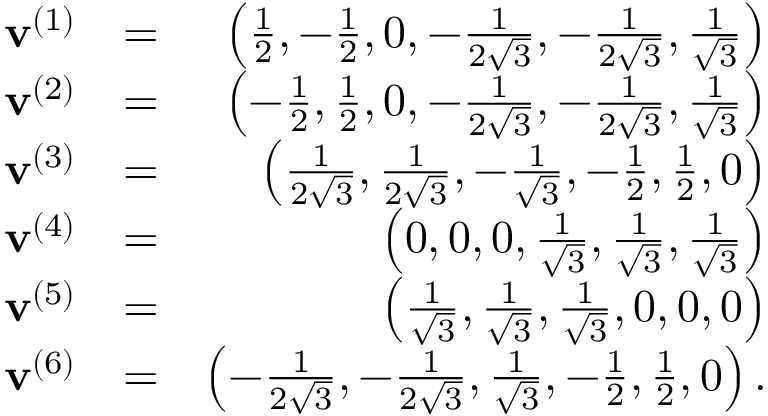
\begin{array} { r l r } { \mathbf { v } ^ { ( 1 ) } } & { = } & { \left( \frac { 1 } { 2 } , - \frac { 1 } { 2 } , 0 , - \frac { 1 } { 2 \sqrt { 3 } } , - \frac { 1 } { 2 \sqrt { 3 } } , \frac { 1 } { \sqrt { 3 } } \right) } \\ { \mathbf { v } ^ { ( 2 ) } } & { = } & { \left( - \frac { 1 } { 2 } , \frac { 1 } { 2 } , 0 , - \frac { 1 } { 2 \sqrt { 3 } } , - \frac { 1 } { 2 \sqrt { 3 } } , \frac { 1 } { \sqrt { 3 } } \right) } \\ { \mathbf { v } ^ { ( 3 ) } } & { = } & { \left( \frac { 1 } { 2 \sqrt { 3 } } , \frac { 1 } { 2 \sqrt { 3 } } , - \frac { 1 } { \sqrt { 3 } } , - \frac { 1 } { 2 } , \frac { 1 } { 2 } , 0 \right) } \\ { \mathbf { v } ^ { ( 4 ) } } & { = } & { \left( 0 , 0 , 0 , \frac { 1 } { \sqrt { 3 } } , \frac { 1 } { \sqrt { 3 } } , \frac { 1 } { \sqrt { 3 } } \right) } \\ { \mathbf { v } ^ { ( 5 ) } } & { = } & { \left( \frac { 1 } { \sqrt { 3 } } , \frac { 1 } { \sqrt { 3 } } , \frac { 1 } { \sqrt { 3 } } , 0 , 0 , 0 \right) } \\ { \mathbf { v } ^ { ( 6 ) } } & { = } & { \left( - \frac { 1 } { 2 \sqrt { 3 } } , - \frac { 1 } { 2 \sqrt { 3 } } , \frac { 1 } { \sqrt { 3 } } , - \frac { 1 } { 2 } , \frac { 1 } { 2 } , 0 \right) . } \end{array}